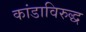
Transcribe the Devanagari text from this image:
कांडाविरुद्ध